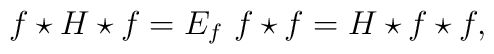
f\star H\star f= E_f ~ f\star f= H\star f\star f ,